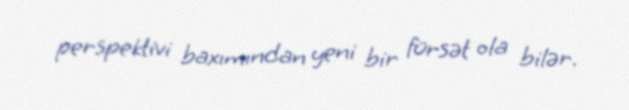
perspektivi baxımından yeni bir fürsət ola bilər.